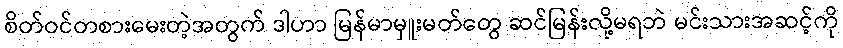
စိတ်ဝင်တစားမေးတဲ့အတွက် ဒါဟာ မြန်မာမှူးမတ်တွေ ဆင်မြန်းလို့မရဘဲ မင်းသားအဆင့်ကို